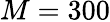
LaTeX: M=300